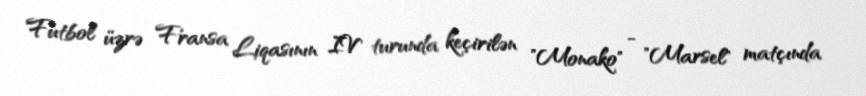
Futbol üzrə Fransa Liqasının IV turunda keçirilən "Monako" - "Marsel" matçında